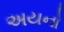
અયનો